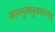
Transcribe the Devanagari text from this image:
कलत्रपुत्रशत्रुत्वकारणाय